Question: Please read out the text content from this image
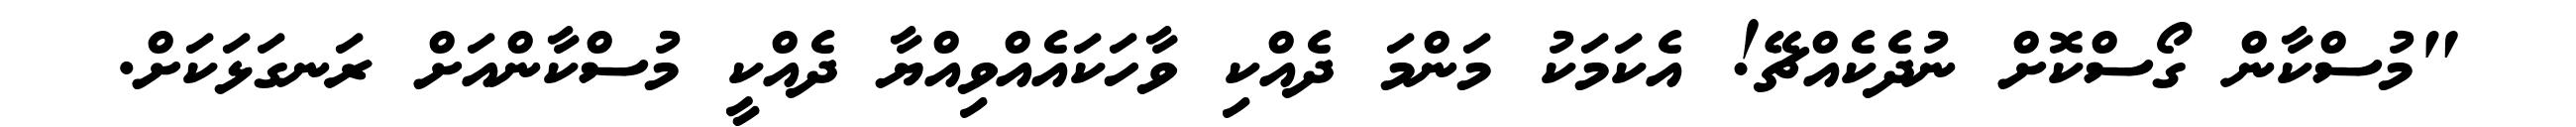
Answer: "މުސްކާން ގޯސްކޮށް ނުދެކެއްޗޭ! އެކަމަކު މަންމަ ދެއްކި ވާހަކައެއްވިއްޔާ ދެއްކީ މުސްކާންއަށް ރަނގަޅަކަށް.